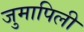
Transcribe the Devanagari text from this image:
जुमापिली